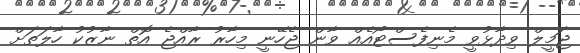
ޖަމީލް ވިދާޅުވީ މެނިފެސްޓޯއެއް ވާން ޖެހޭނީ މިހާރު ރާއްޖެ އޮތް ނާޒުކު ހާލަތަށް